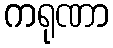
ကရုဏာ